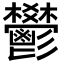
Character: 鬰